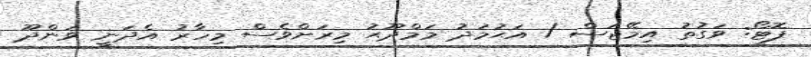
ފޮޓޯ: ވަގުތު އިމޭޖަސް / އަޙުމަދު މަމްދޫޙު މިރަށްވެސް މިހާރު އެދަނީ ވަންދޫ